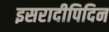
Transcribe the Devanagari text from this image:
इसरादीपिदिन